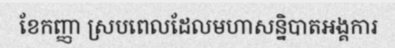
ខែកញ្ញា ស្របពេលដែលមហាសន្និបាតអង្គការ